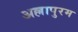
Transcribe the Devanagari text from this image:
अल्लापुरम